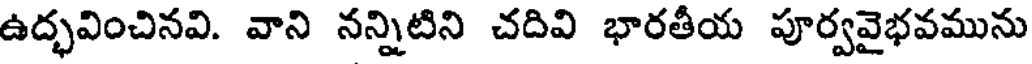
ఉద్భవించినవి. వాని నన్నిటిని చదివి భారతీయ పూర్వవైభవమును